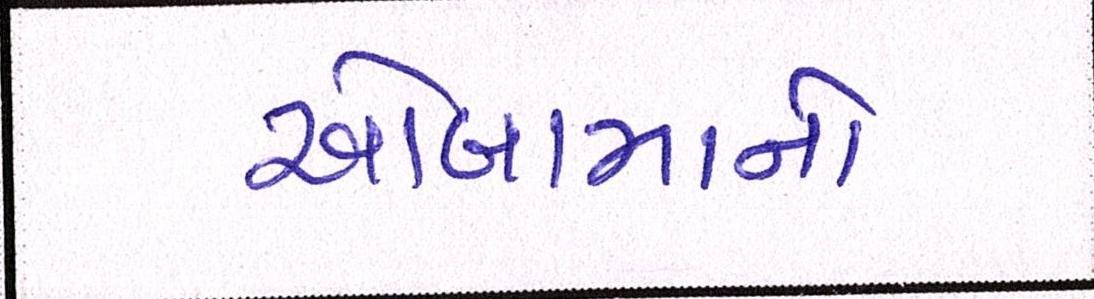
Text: ઓબામાનો